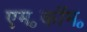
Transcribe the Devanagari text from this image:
एम॰कॉम॰